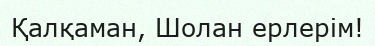
Қалқаман, Шолан ерлерім!